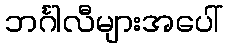
ဘင်္ဂါလီများအပေါ်